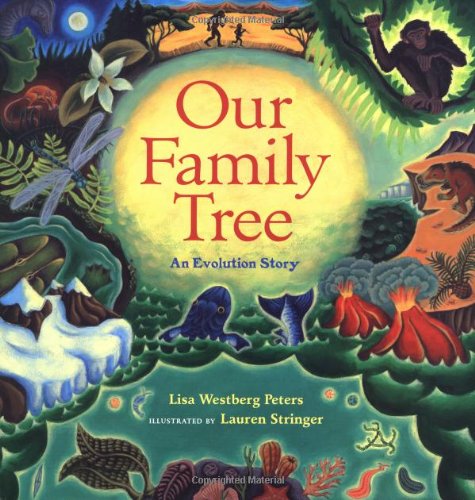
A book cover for Our Family Tree: An Evolution Story; Lisa Westberg Peters; Science & Math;